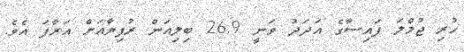
ހުރި ޖުމްލަ ފައިސާގެ އަދަދު ވަނީ 26.9 ބިލިއަން ރުފިޔާއަށް އަރާފަ އެވެ.